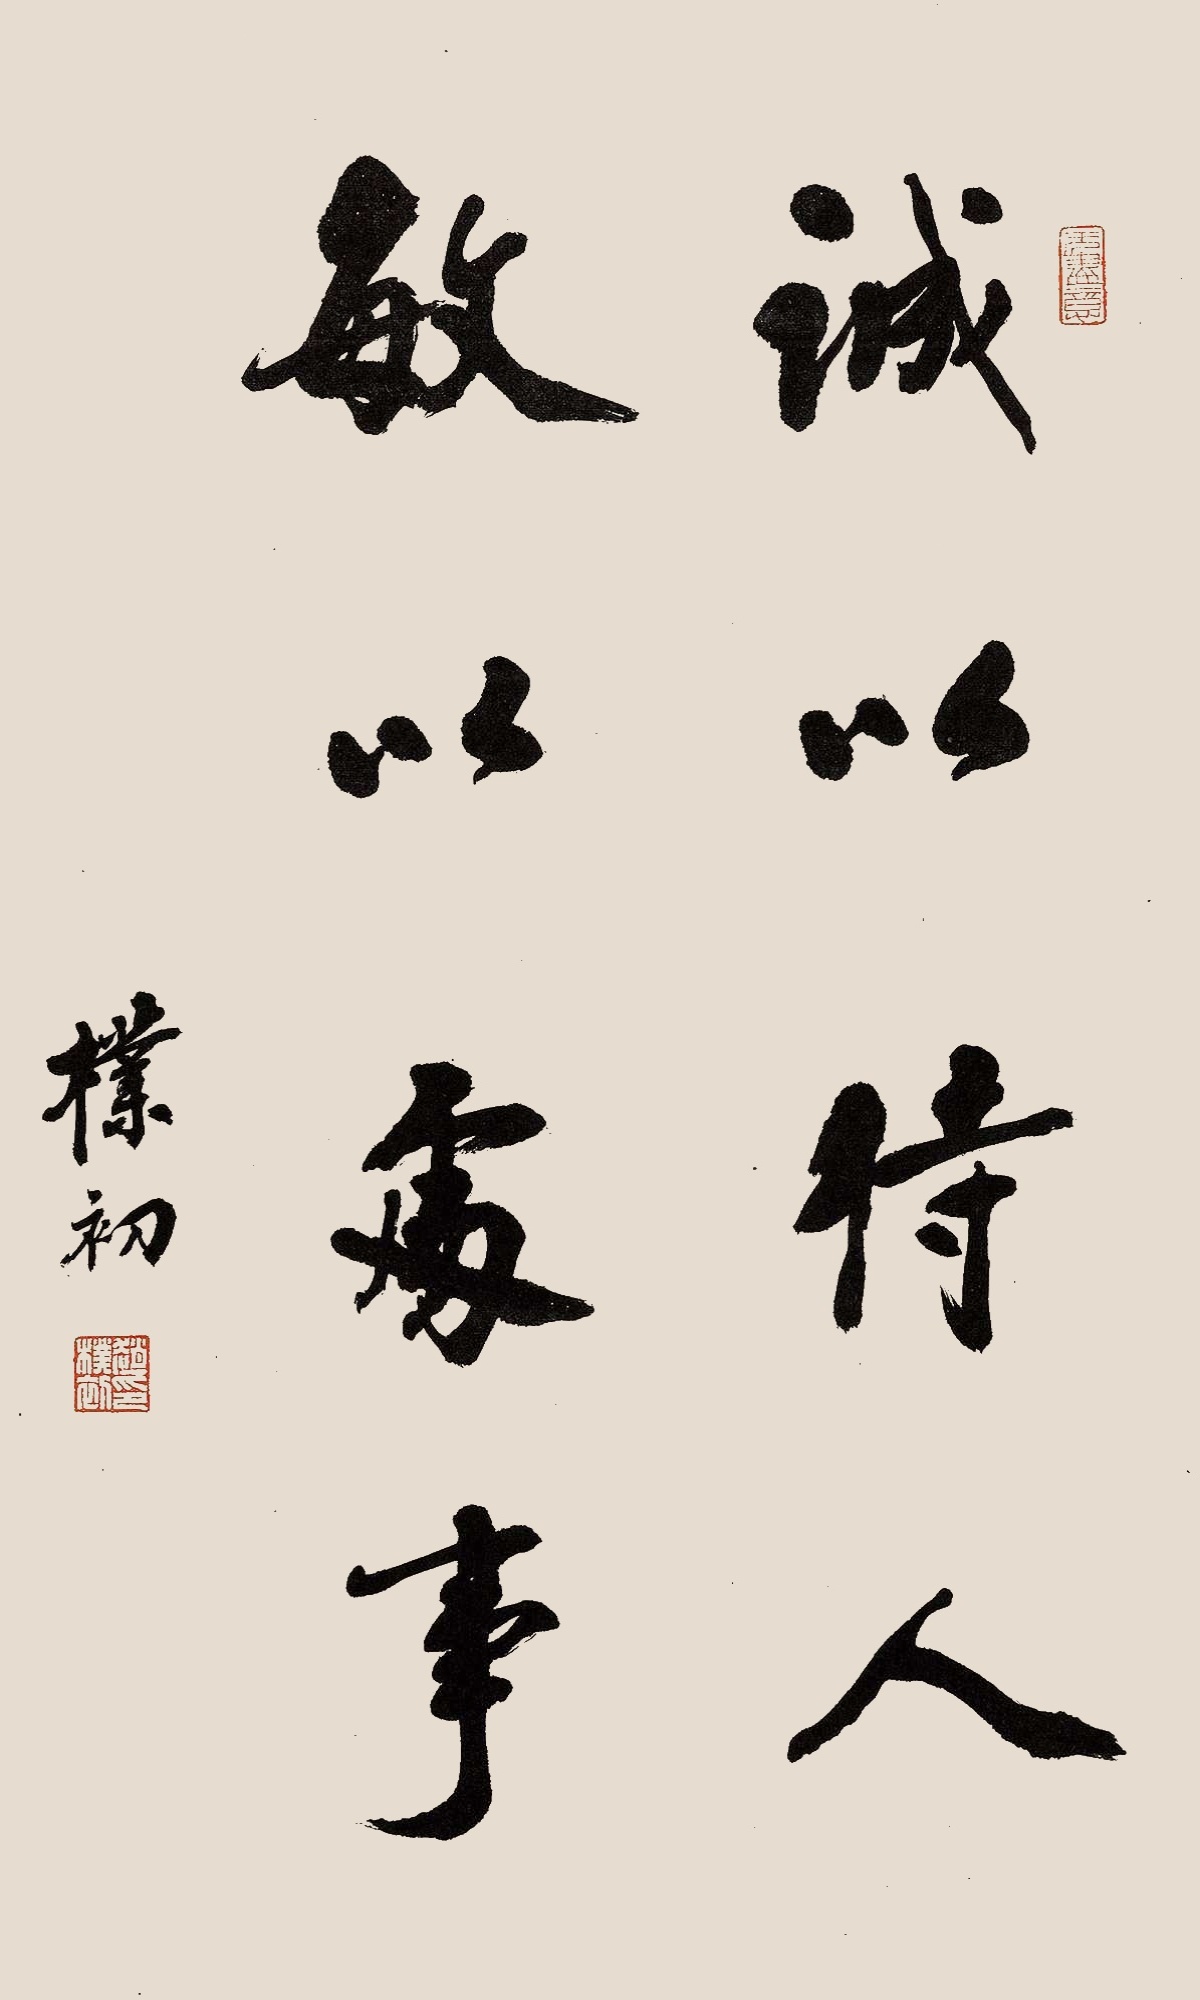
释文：诚以待人，敏以处事。朴初。